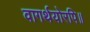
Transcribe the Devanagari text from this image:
वागर्थयोरपि॥